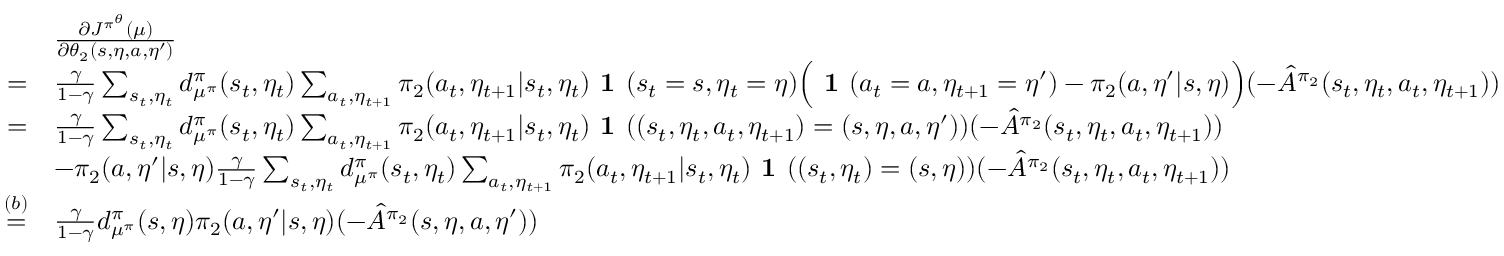
\begin{array} { r l } & { \frac { \partial J ^ { \pi ^ { \theta } } ( \mu ) } { \partial \theta _ { 2 } ( s , \eta , a , \eta ^ { \prime } ) } } \\ { = } & { \frac { \gamma } { 1 - \gamma } \sum _ { s _ { t } , \eta _ { t } } d _ { \mu ^ { \pi } } ^ { \pi } ( s _ { t } , \eta _ { t } ) \sum _ { a _ { t } , \eta _ { t + 1 } } \pi _ { 2 } ( a _ { t } , \eta _ { t + 1 } | s _ { t } , \eta _ { t } ) \textbf { 1 } ( s _ { t } = s , \eta _ { t } = \eta ) \Big ( \textbf { 1 } ( a _ { t } = a , \eta _ { t + 1 } = \eta ^ { \prime } ) - \pi _ { 2 } ( a , \eta ^ { \prime } | s , \eta ) \Big ) ( - \hat { A } ^ { \pi _ { 2 } } ( s _ { t } , \eta _ { t } , a _ { t } , \eta _ { t + 1 } ) ) } \\ { = } & { \frac { \gamma } { 1 - \gamma } \sum _ { s _ { t } , \eta _ { t } } d _ { \mu ^ { \pi } } ^ { \pi } ( s _ { t } , \eta _ { t } ) \sum _ { a _ { t } , \eta _ { t + 1 } } \pi _ { 2 } ( a _ { t } , \eta _ { t + 1 } | s _ { t } , \eta _ { t } ) \textbf { 1 } ( ( s _ { t } , \eta _ { t } , a _ { t } , \eta _ { t + 1 } ) = ( s , \eta , a , \eta ^ { \prime } ) ) ( - \hat { A } ^ { \pi _ { 2 } } ( s _ { t } , \eta _ { t } , a _ { t } , \eta _ { t + 1 } ) ) } \\ & { - \pi _ { 2 } ( a , \eta ^ { \prime } | s , \eta ) \frac { \gamma } { 1 - \gamma } \sum _ { s _ { t } , \eta _ { t } } d _ { \mu ^ { \pi } } ^ { \pi } ( s _ { t } , \eta _ { t } ) \sum _ { a _ { t } , \eta _ { t + 1 } } \pi _ { 2 } ( a _ { t } , \eta _ { t + 1 } | s _ { t } , \eta _ { t } ) \textbf { 1 } ( ( s _ { t } , \eta _ { t } ) = ( s , \eta ) ) ( - \hat { A } ^ { \pi _ { 2 } } ( s _ { t } , \eta _ { t } , a _ { t } , \eta _ { t + 1 } ) ) } \\ { \overset { ( b ) } { = } } & { \frac { \gamma } { 1 - \gamma } d _ { \mu ^ { \pi } } ^ { \pi } ( s , \eta ) \pi _ { 2 } ( a , \eta ^ { \prime } | s , \eta ) ( - \hat { A } ^ { \pi _ { 2 } } ( s , \eta , a , \eta ^ { \prime } ) ) } \end{array}